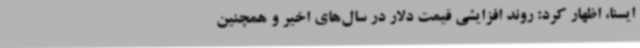
ایسنا، اظهار کرد: روند افزایشی قیمت دلار در سال‌های اخیر و همچنین